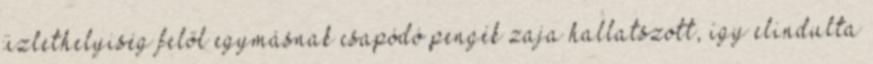
üzlethelyiség felől egymásnak csapódó pengék zaja hallatszott, így elindulta